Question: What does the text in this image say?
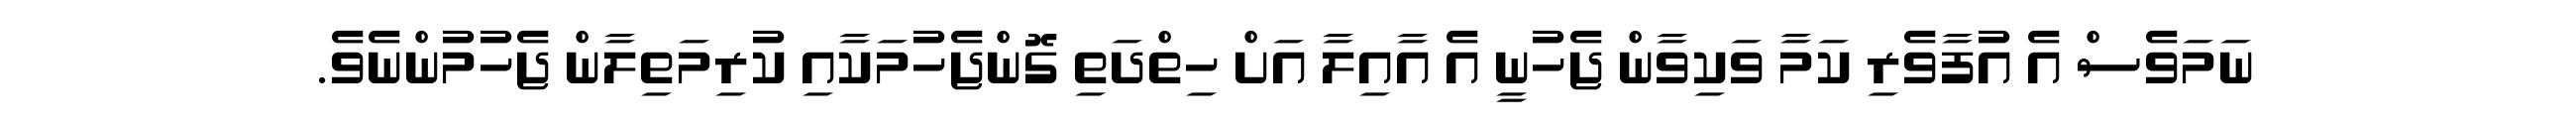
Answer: ނަމަވެސް އެ އުފާވެރި ކަމާ ވަކިވާން ޖެހުނީ އެ އާއިލާ އަށް ހިތްދަތި ގޮންޖެހުމަކާއި ކުރިމަތިލާން ޖެހުމުންނެވެ.